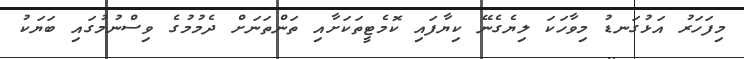
މިފަހަރު އަޅުގަނޑު މިވާހަކަ ލިޔެގެނޭ ކިޔާފައި ކޮމެޓީތަކަށާއި ތަންތަނަށް ދެމުމުގެ ވިސްނުމުގައި ބަޔަކު